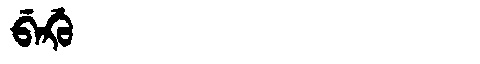
Manchu: ᠪᡝᡤ᠋ᠣ
Romanization: BEG'O